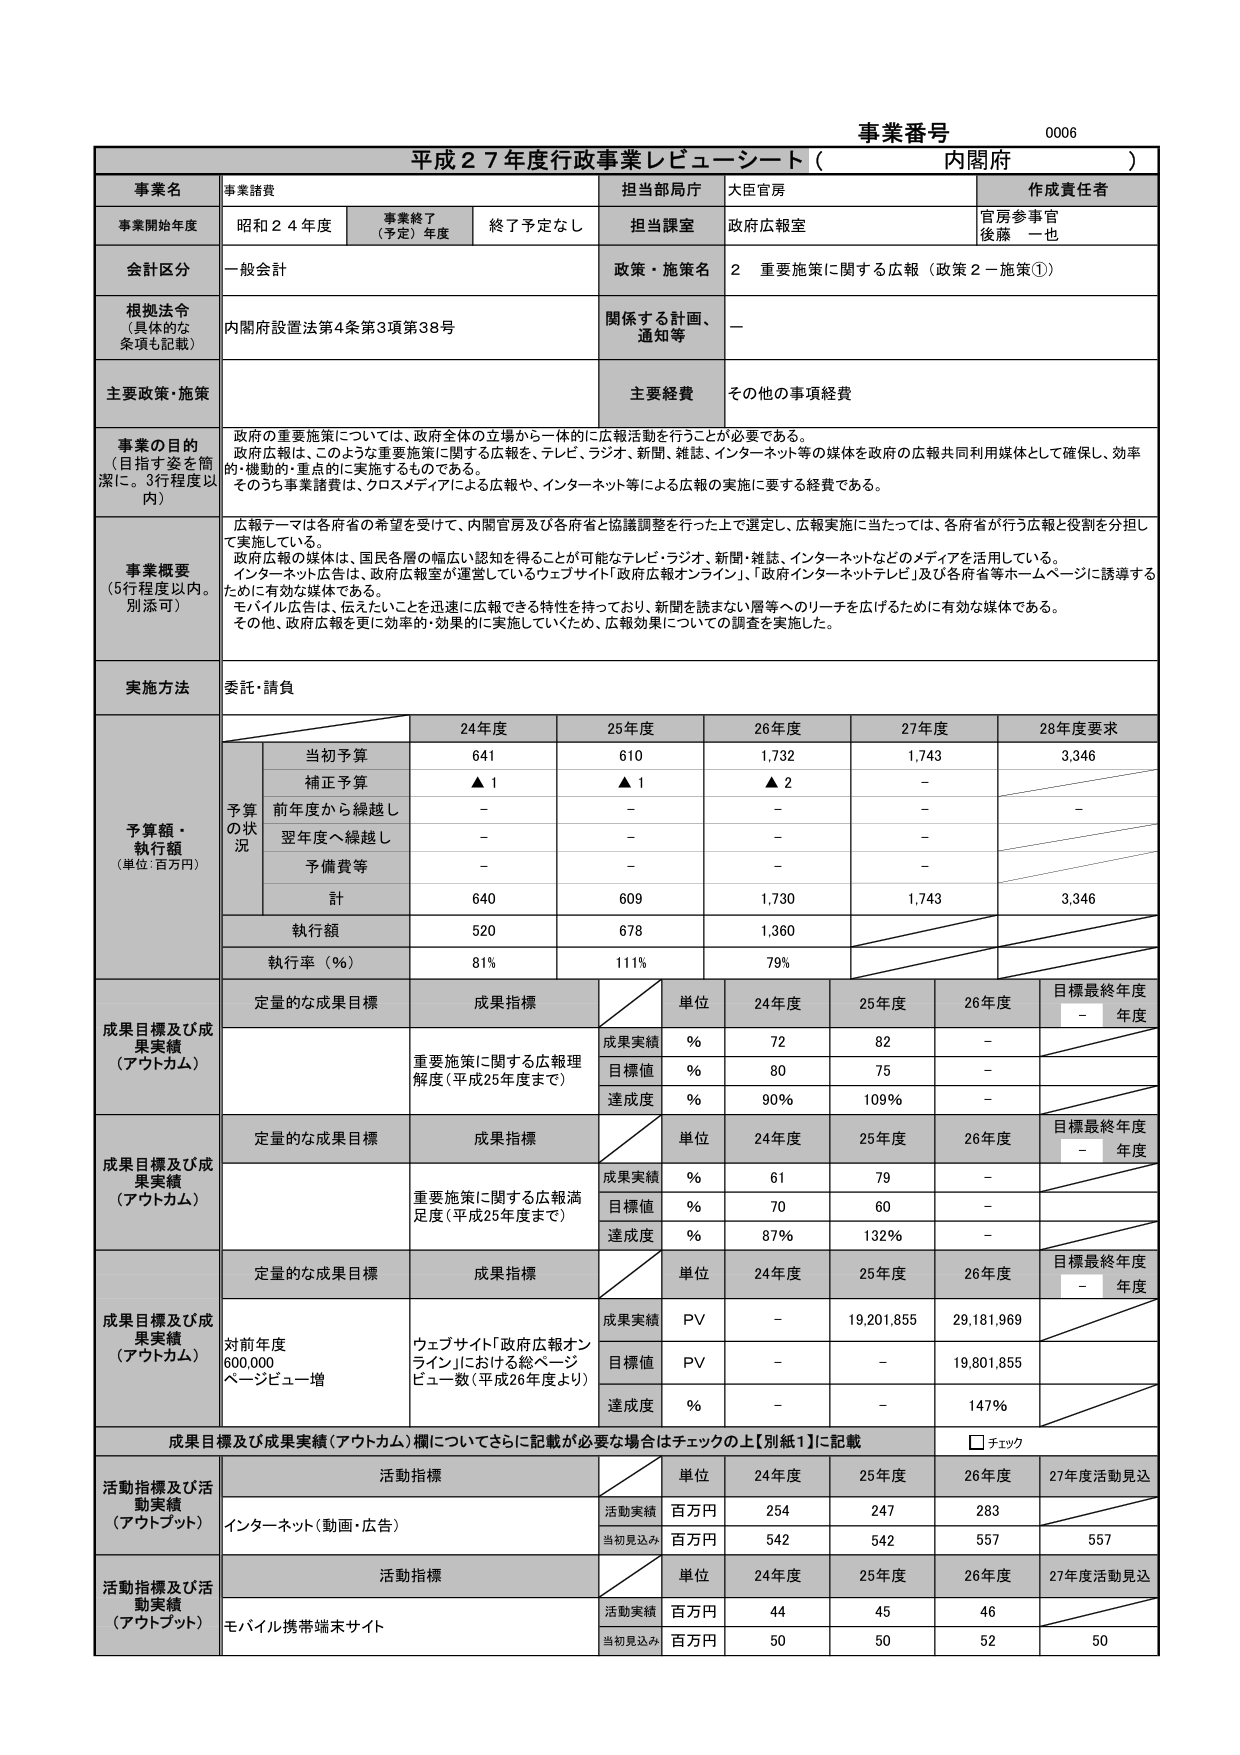
事業番号 0006
平成27年度行政事業レビュー・シート（内閣府）

事業名 事業諸費
担当部局庁 大臣官房
作成責任者 官房参事官 後藤 一也

事業開始年度 昭和24年度
事業終了（予定）年度 終了予定なし
担当課室 政府広報室

会計区分 一般会計
政策・施策名 2 重要施策に関する広報（政策2－施策①）

根拠法令（具体的な条項も記載） 内閣府設置法第4条第3項第38号
関係する計画、通知等 —

主要政策・施策
主要経費 その他の事項経費

事業の目的（目指す姿を簡潔に。3行程度以内）
政府の重要施策については、政府全体の立場から一体的に広報活動を行うことが必要である。
政府広報は、このような重要施策に関する広報を、テレビ、ラジオ、新聞、雑誌、インターネット等の媒体を政府の広報共同利用媒体として確保し、効率的・機動的・重点的に実施するものである。
そのうち事業諸費は、クロスメディアによる広報や、インターネット等による広報の実施に要する経費である。

事業概要（5行程度以内。別添可）
広報テーマは各府省の希望を受け、内閣官房及び各府省と協議調整を行った上で選定し、広報実施に当たっては、各府省が行う広報と役割を分担して実施している。
政府広報の媒体は、国民各層の幅広い認知を得ることが可能なテレビ・ラジオ、新聞・雑誌、インターネットなどのメディアを活用している。
インターネット広告は、政府広報室が運営しているウェブサイト「政府広報オンライン」、「政府インターネットテレビ」及び各府省等ホームページに誘導するために有効な媒体である。
モバイル広告は、伝えたいことを迅速に広報できる特性を持っており、新聞を読まない層等へのリーチを広げるために有効な媒体である。
その他、政府広報を更に効率的・効果的に実施していくため、広報効果についての調査を実施した。

実施方法 委託・請負

予算額・執行額（単位：百万円）
24年度 25年度 26年度 27年度 28年度要求
予算の状況
当初予算 641 610 1,732 1,743 3,346
補正予算 ▲1 ▲1 ▲2 — —
前年度から繰越し — — — — —
翌年度へ繰越し — — — — —
予備費等 — — — — —
計 640 609 1,730 1,743 3,346
執行額 520 678 1,360 — —
執行率（％） 81％ 111％ 79％ — —

成果目標及び成果実績（アウトカム）
定量的な成果目標 成果指標
単位 24年度 25年度 26年度 目標最終年度 — 年度
重要施策に関する広報理解度（平成25年度まで）
成果実績 ％ 72 82 — —
目標値 ％ 80 75 — —
達成度 ％ 90％ 109％ — —

成果目標及び成果実績（アウトカム）
定量的な成果目標 成果指標
単位 24年度 25年度 26年度 目標最終年度 — 年度
重要施策に関する広報満足度（平成25年度まで）
成果実績 ％ 61 79 — —
目標値 ％ 70 60 — —
達成度 ％ 87％ 132％ — —

成果目標及び成果実績（アウトカム）
定量的な成果目標 成果指標
単位 24年度 25年度 26年度 目標最終年度 — 年度
対前年度600,000ページビュー増
ウェブサイト「政府広報オンライン」における総ページビュー数（平成26年度より）
成果実績 PV — 19,201,855 29,181,969 —
目標値 PV — — 19,801,855 —
達成度 ％ — — 147％ —

成果目標及び成果実績（アウトカム）欄についてさらに記載が必要な場合はチェックの上【別紙1】に記載 □ チェック

活動指標及び活動実績（アウトプット）
活動指標
単位 24年度 25年度 26年度 27年度活動見込
インターネット（動画・広告）
活動実績 百万円 254 247 283 —
当初見込み 百万円 542 542 557 557

活動指標及び活動実績（アウトプット）
活動指標
単位 24年度 25年度 26年度 27年度活動見込
モバイル携帯端末サイト
活動実績 百万円 44 45 46 —
当初見込み 百万円 50 50 52 50